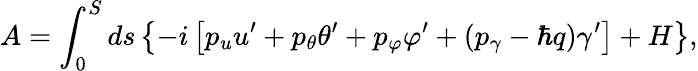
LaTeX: A=\int_{0}^{S}ds\left\{ -i\left[p_{u}u^{\prime}+p_{\theta}\theta^{\prime}+p_{\varphi}\varphi^{\prime}+(p_{\gamma}-\hbar q)\gamma^{\prime}\right]+H\right\} ,